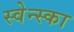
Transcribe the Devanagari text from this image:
स्वेन्स्का